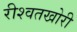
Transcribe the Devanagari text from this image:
रीश्वतखोरी